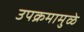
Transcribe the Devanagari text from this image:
उपक्रमामुळे